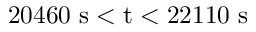
2 0 4 6 0 \ \mathrm { s < t < 2 2 1 1 0 \ \mathrm { s } }